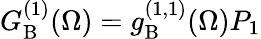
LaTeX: G_{\mathrm{B}}^{(1)}(\Omega)=g_{\mathrm{B}}^{(1,1)}(\Omega)P_{1}